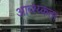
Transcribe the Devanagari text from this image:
आव्श्य्कता